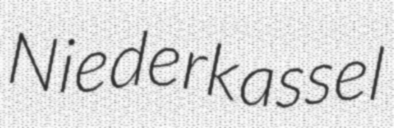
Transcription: Niederkassel